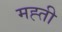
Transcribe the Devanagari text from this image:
मह्ती